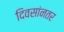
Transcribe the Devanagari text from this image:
दिवसांनतर